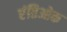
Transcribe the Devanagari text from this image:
एंतिओक